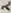
Text: 2